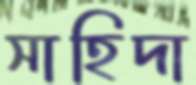
সাহিদা